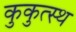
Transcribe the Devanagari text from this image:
कुकुत्स्थ